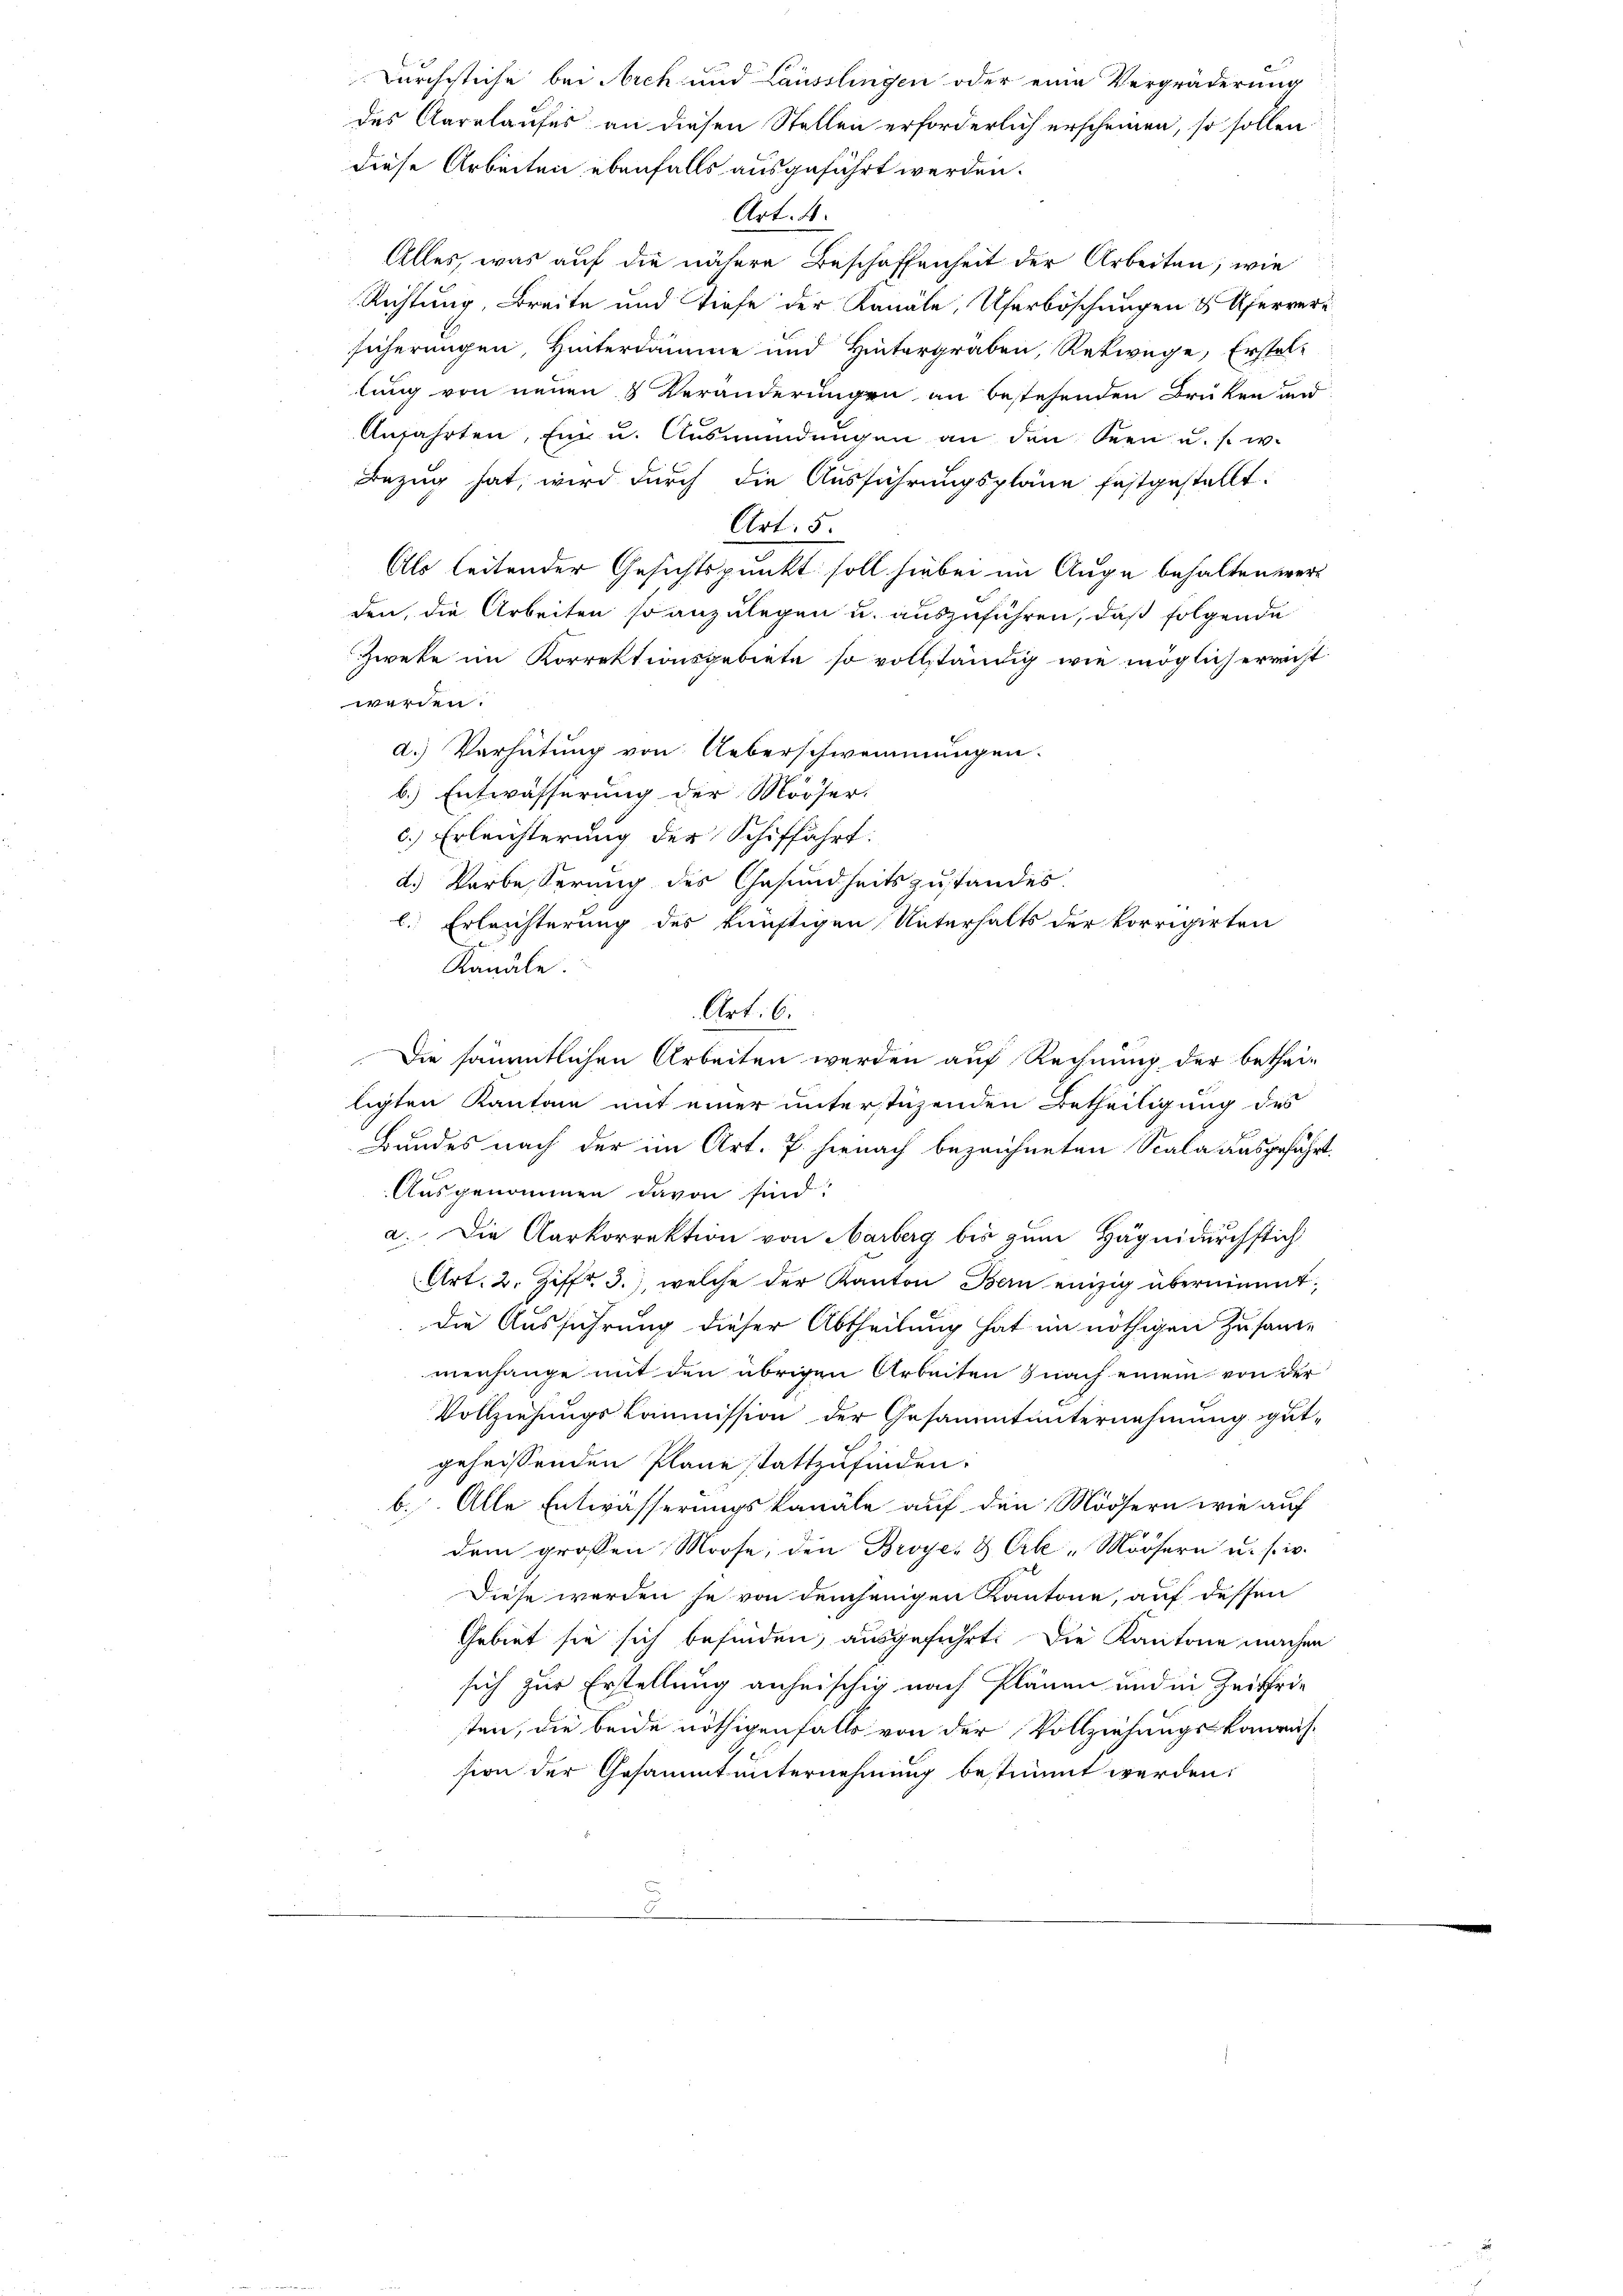
Durchstiche bei Norch und Lausslingen oder eine Vergräderung
des Aarelaufes an diesen Stellen erforderlich erscheinen, so sollen
diese Arbeiten ebenfalls ausgeführt werden.
Art. 4.
Alles, was auf die nähere Beschaffenheit der Arbeiten, wie
Richtung, Breite und Tiefe der Kanäle, Uferböschungen & Uferverz
sicherungen, Hinterdämme und Hintergräben, Rekwege, Erstellung von neuen & Veränderungen an bestehenden Brüken und
Anfahrten, ein u. Ausmündŭngen an den Seen u. s. w.
Bezug hat, wird durch die Ausführungspläne festgestellt:
Art. 5
Als leitender Gesichtspunkt soll hiebei im Auge behalten werd
den, die Arbeiten so anzulegen u. auszuführen, daß folgende
Zwete im Korrektionsgebiete so vollständig wie möglich errecht
werden.
a.) Verhütung von Ueberschwemmungen.
b.) Entwässerung der Mööser.
c.) Erleichterung der Schiffahrt.
d.) Vorbesserung des Gesundheitszustandes.
l. Erleichterung des künftigen Unterhalts der korrigirten
Kanäle.
Art: 6.
Die sämmtlichen Arbeiten werden auf Rechnung der betheiligten Kantone mit einer unterstüzenden Betheiligung des
Bundes nach der im Art. 7. hienach bezeichneten Scala ausgefährt.
Ausgenommen davon sind:
a. Die Karkorrektion von Aarberg bis zum Hägnidurchstich
Art. 2. Ziff. 3., welche der Kanton Bern einzig übernimmt,
die Ausführung dieser Abtheilung hat im nöthigen Zusame
menhange mit den übrigen Arbeiten nach einem von der
Vollziehungskommission der Gesammtunternehmung gutgeheissenden Plane stattzufinden.
b. Alle Entwässerungskanäle auf den Möösern wie auf
dem großen Moose, den Broyer & Ak-Möösern u. s. w.
Diese werden se von demjenigen Kantone, auf dessen
Gebiet sie sich befinden, ausgeführt. Die Kantone machen
sich zur Erstellung anheischig nach Plänen und in Zeitfrie
ten, die beide nöthigenfalls von der Vollziehungskanrus-
sion der Gesammtunternehmung bestimmt werden,